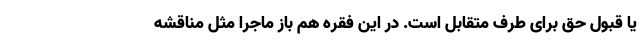
یا قبول حق برای طرف متقابل است. در این فقره هم باز ماجرا مثل مناقشه